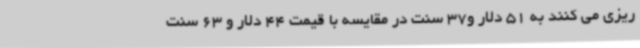
ریزی می کنند به 51 دلار و37 سنت در مقایسه با قیمت 44 دلار و 63 سنت